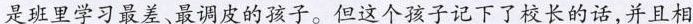
是班里学习最差、最调皮的孩子。但这个孩子记下了校长的话，并且相